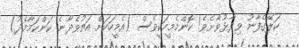
ކަލޭގެފާނު ވިދާޅުވާށެވެ! ކޮންމެމީހަކީވެސް (އެމީހަކަށް އަތުވެދާނެ ކަންކަމާމެދު)